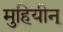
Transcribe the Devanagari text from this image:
मुहियीन्